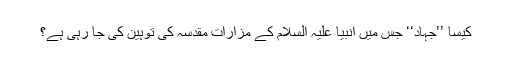
کیسا ’’جہاد‘‘ جس میں انبیا علیہ السلام کے مزاراتِ مقدسہ کی توہین کی جا رہی ہے؟